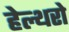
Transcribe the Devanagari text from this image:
हेल्थरो